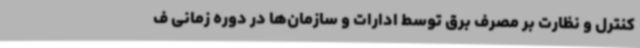
کنترل و نظارت بر مصرف برق توسط ادارات و سازمان‌ها در دوره زمانی ف